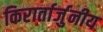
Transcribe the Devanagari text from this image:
किरार्तार्जुनीय